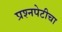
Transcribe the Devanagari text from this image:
प्रश्‍नपेटीचा